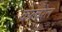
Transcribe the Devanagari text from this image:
कल्चरेल